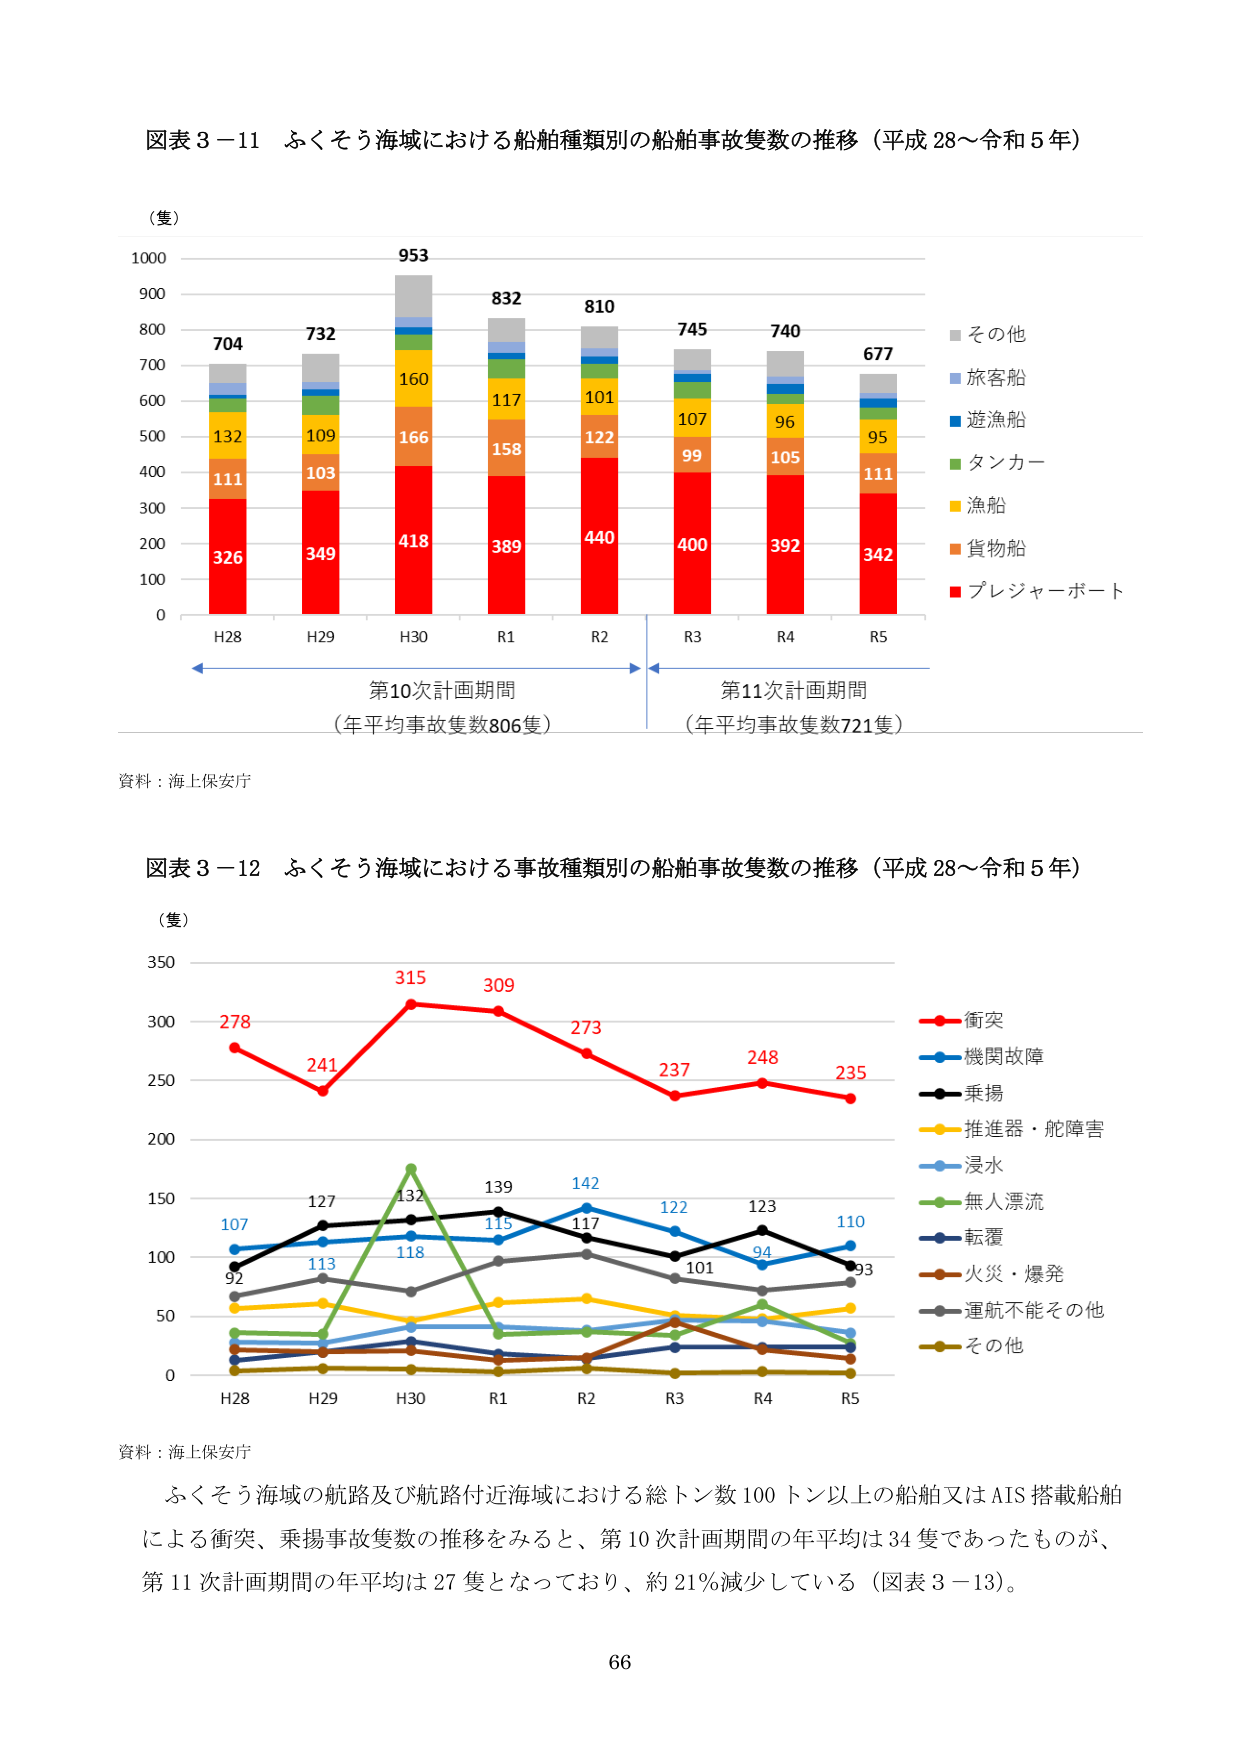
図表３－11 ふくそう海域における船舶種類別の船舶事故隻数の推移（平成28～令和5年）

（隻）
1000
900
800
700
600
500
400
300
200
100
0

704
732
953
832
810
745
740
677

132
109
160
117
101
107
96
95

111
103
166
158
122
99
105
111

326
349
418
389
440
400
392
342

H28
H29
H30
R1
R2
R3
R4
R5

■その他
■旅客船
■遊漁船
■タンカー
■漁船
■貨物船
■プレジャーボート

第10次計画期間
（年平均事故隻数806隻）

第11次計画期間
（年平均事故隻数721隻）

資料：海上保安庁

図表３－12 ふくそう海域における事故種類別の船舶事故隻数の推移（平成28～令和5年）

（隻）
350
300
250
200
150
100
50
0

278
241
315
309
273
237
248
235

107
127
132
139
142
122
123
110

92
113
118
115
117
101
94
93

H28
H29
H30
R1
R2
R3
R4
R5

■衝突
■機関故障
■乗揚
■推進器・舵障害
■浸水
■無人漂流
■転覆
■火災・爆発
■運航不能その他
■その他

資料：海上保安庁

ふくそう海域の航路及び航路付近海域における総トン数100トン以上の船舶又はAIS搭載船舶による衝突、乗揚事故隻数の推移をみると、第10次計画期間の年平均は34隻であったものが、第11次計画期間の年平均は27隻となっており、約21％減少している（図表3－13）。

66